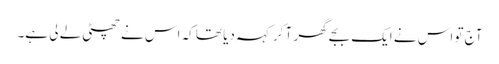
آج تو اس نے ایک بجے گھر آ کر کہہ دیا تھا کہ اس نے چھٹی لے لی ہے۔